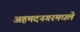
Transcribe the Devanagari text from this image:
अहमदनगरमधले